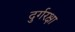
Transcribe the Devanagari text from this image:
दुर्गरक्षा